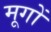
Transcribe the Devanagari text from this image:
मूगों